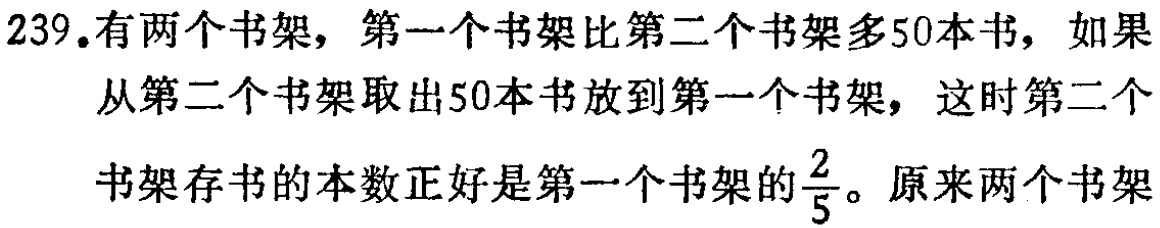
239.有两个书架，第一个书架比第二个书架多50本书，如果从第二个书架取出50本书放到第一个书架，这时第二个书架存书的本数正好是第一个书架的$\frac{2}{5}$。原来两个书架